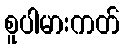
စူပါမားကတ်